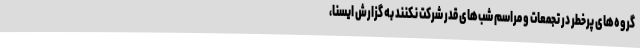
گروه‌های پرخطر در تجمعات و مراسم شب‌های قدر شرکت نکنند به گزارش ایسنا،